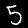
Label: 5